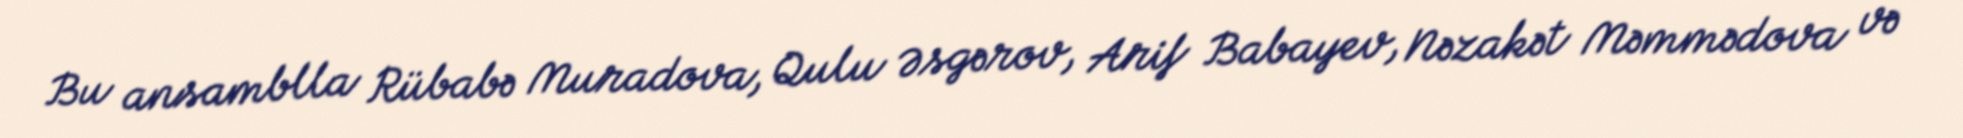
Bu ansamblla Rübabə Muradova, Qulu Əsgərov, Arif Babayev, Nəzakət Məmmədova və